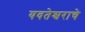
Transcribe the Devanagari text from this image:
यवतेश्वराचे